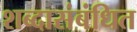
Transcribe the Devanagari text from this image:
शब्दासंबंधित